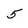
Character: 5